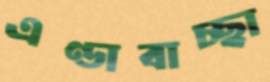
এণ্ডাবাচ্ছা